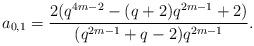
LaTeX: \begin{align*} a_{0,1}=\frac{2(q^{4m-2}-(q+2)q^{2m-1}+2)}{(q^{2m-1}+q-2)q^{2m-1}}. \end{align*}